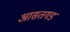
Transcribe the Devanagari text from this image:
आसतगड